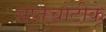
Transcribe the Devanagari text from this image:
सप्तचोटीके